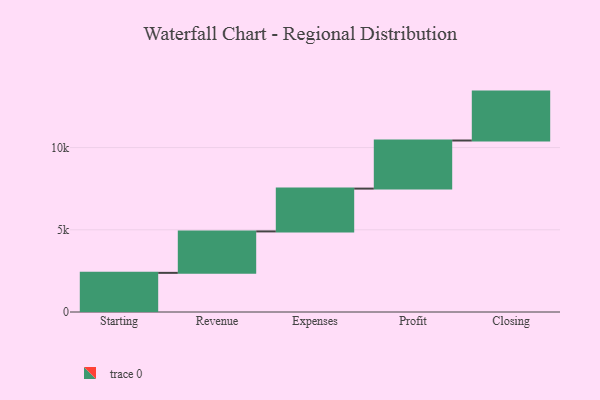
{"axis": {"x": "Step", "y": "Value"}, "legend": [""], "data": [{"x": "Starting", "y": 2381.0, "type": ""}, {"x": "Revenue", "y": 2521.0, "type": ""}, {"x": "Expenses", "y": 2604.0, "type": ""}, {"x": "Profit", "y": 2925.0, "type": ""}, {"x": "Closing", "y": 2975.0, "type": ""}]}